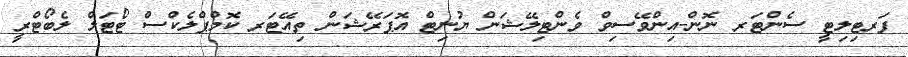
ފަރޓިލިޓީ ސެންޓަރ ނޮން-އިންވޭސިވް ވެންޓިލޭޝަން ޔުނިޓް އޮޕަރޭޝަން ތިއޭޓަރ ކޮމްޕްލެކްސް ޓޯޓަލް ލެބޯޓްރީ